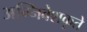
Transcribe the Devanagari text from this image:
अग्निवेशकृते